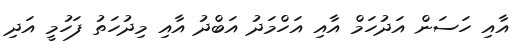
އާއި ހަސަން އަދުހަމް އާއި އަހްމަދު އަބްދު އާއި މިދުހަތު ފަހުމީ އަދި